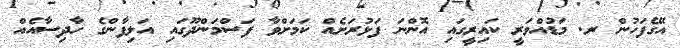
އޭގެފަހުން ރ. މަޑުއްވަރީ ކައިރީގައި އޮންނަ ފަޅުރަށެއް ކަމަށްވާ ފަސްމަންދޫގައި އަލިފާންގެ ހާދިސާއެއް